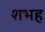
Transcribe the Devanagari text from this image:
शभह